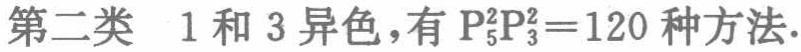
第二类 1和3异色，有\(P_{5}^{2}P_{3}^{2}=120\)种方法.